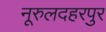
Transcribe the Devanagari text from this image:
नूरुलदहरपुर